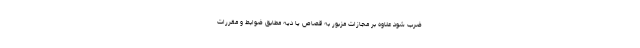
ضرب شود علاوه بر مجازات مزبور به قصاص یا دیه مطابق ضوابط و مقررات